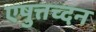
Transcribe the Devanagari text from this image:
एषुत्तच्दन